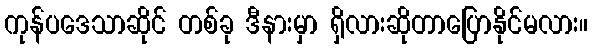
ကုန်ပဒေသာဆိုင် တစ်ခု ဒီနားမှာ ရှိလားဆိုတာပြောနိုင်မလား။